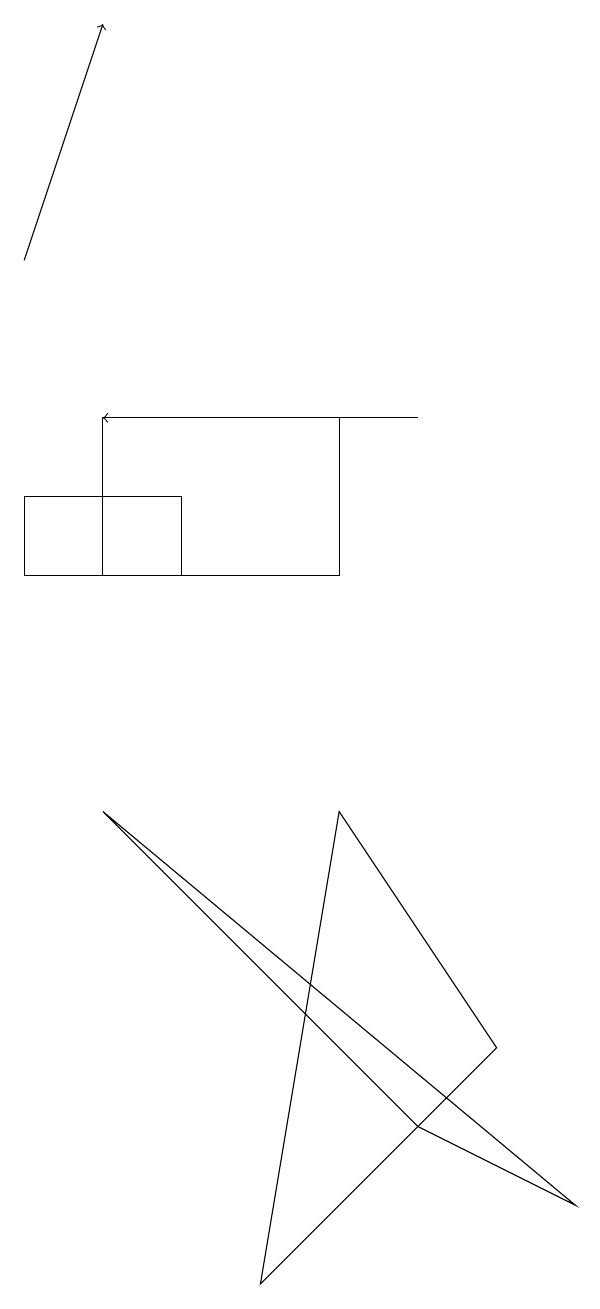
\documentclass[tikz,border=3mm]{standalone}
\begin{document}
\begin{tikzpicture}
\draw (5,3) -- (6,9) -- (8,6) -- cycle;
\draw (3,9) -- (9,4) -- (7,5) -- cycle;
\draw[->] (2,16) -- (3,19);
\draw (6,14) rectangle (3,12);
\draw[->] (7,14) -- (3,14);
\draw (2,12) rectangle (4,13);
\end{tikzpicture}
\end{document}